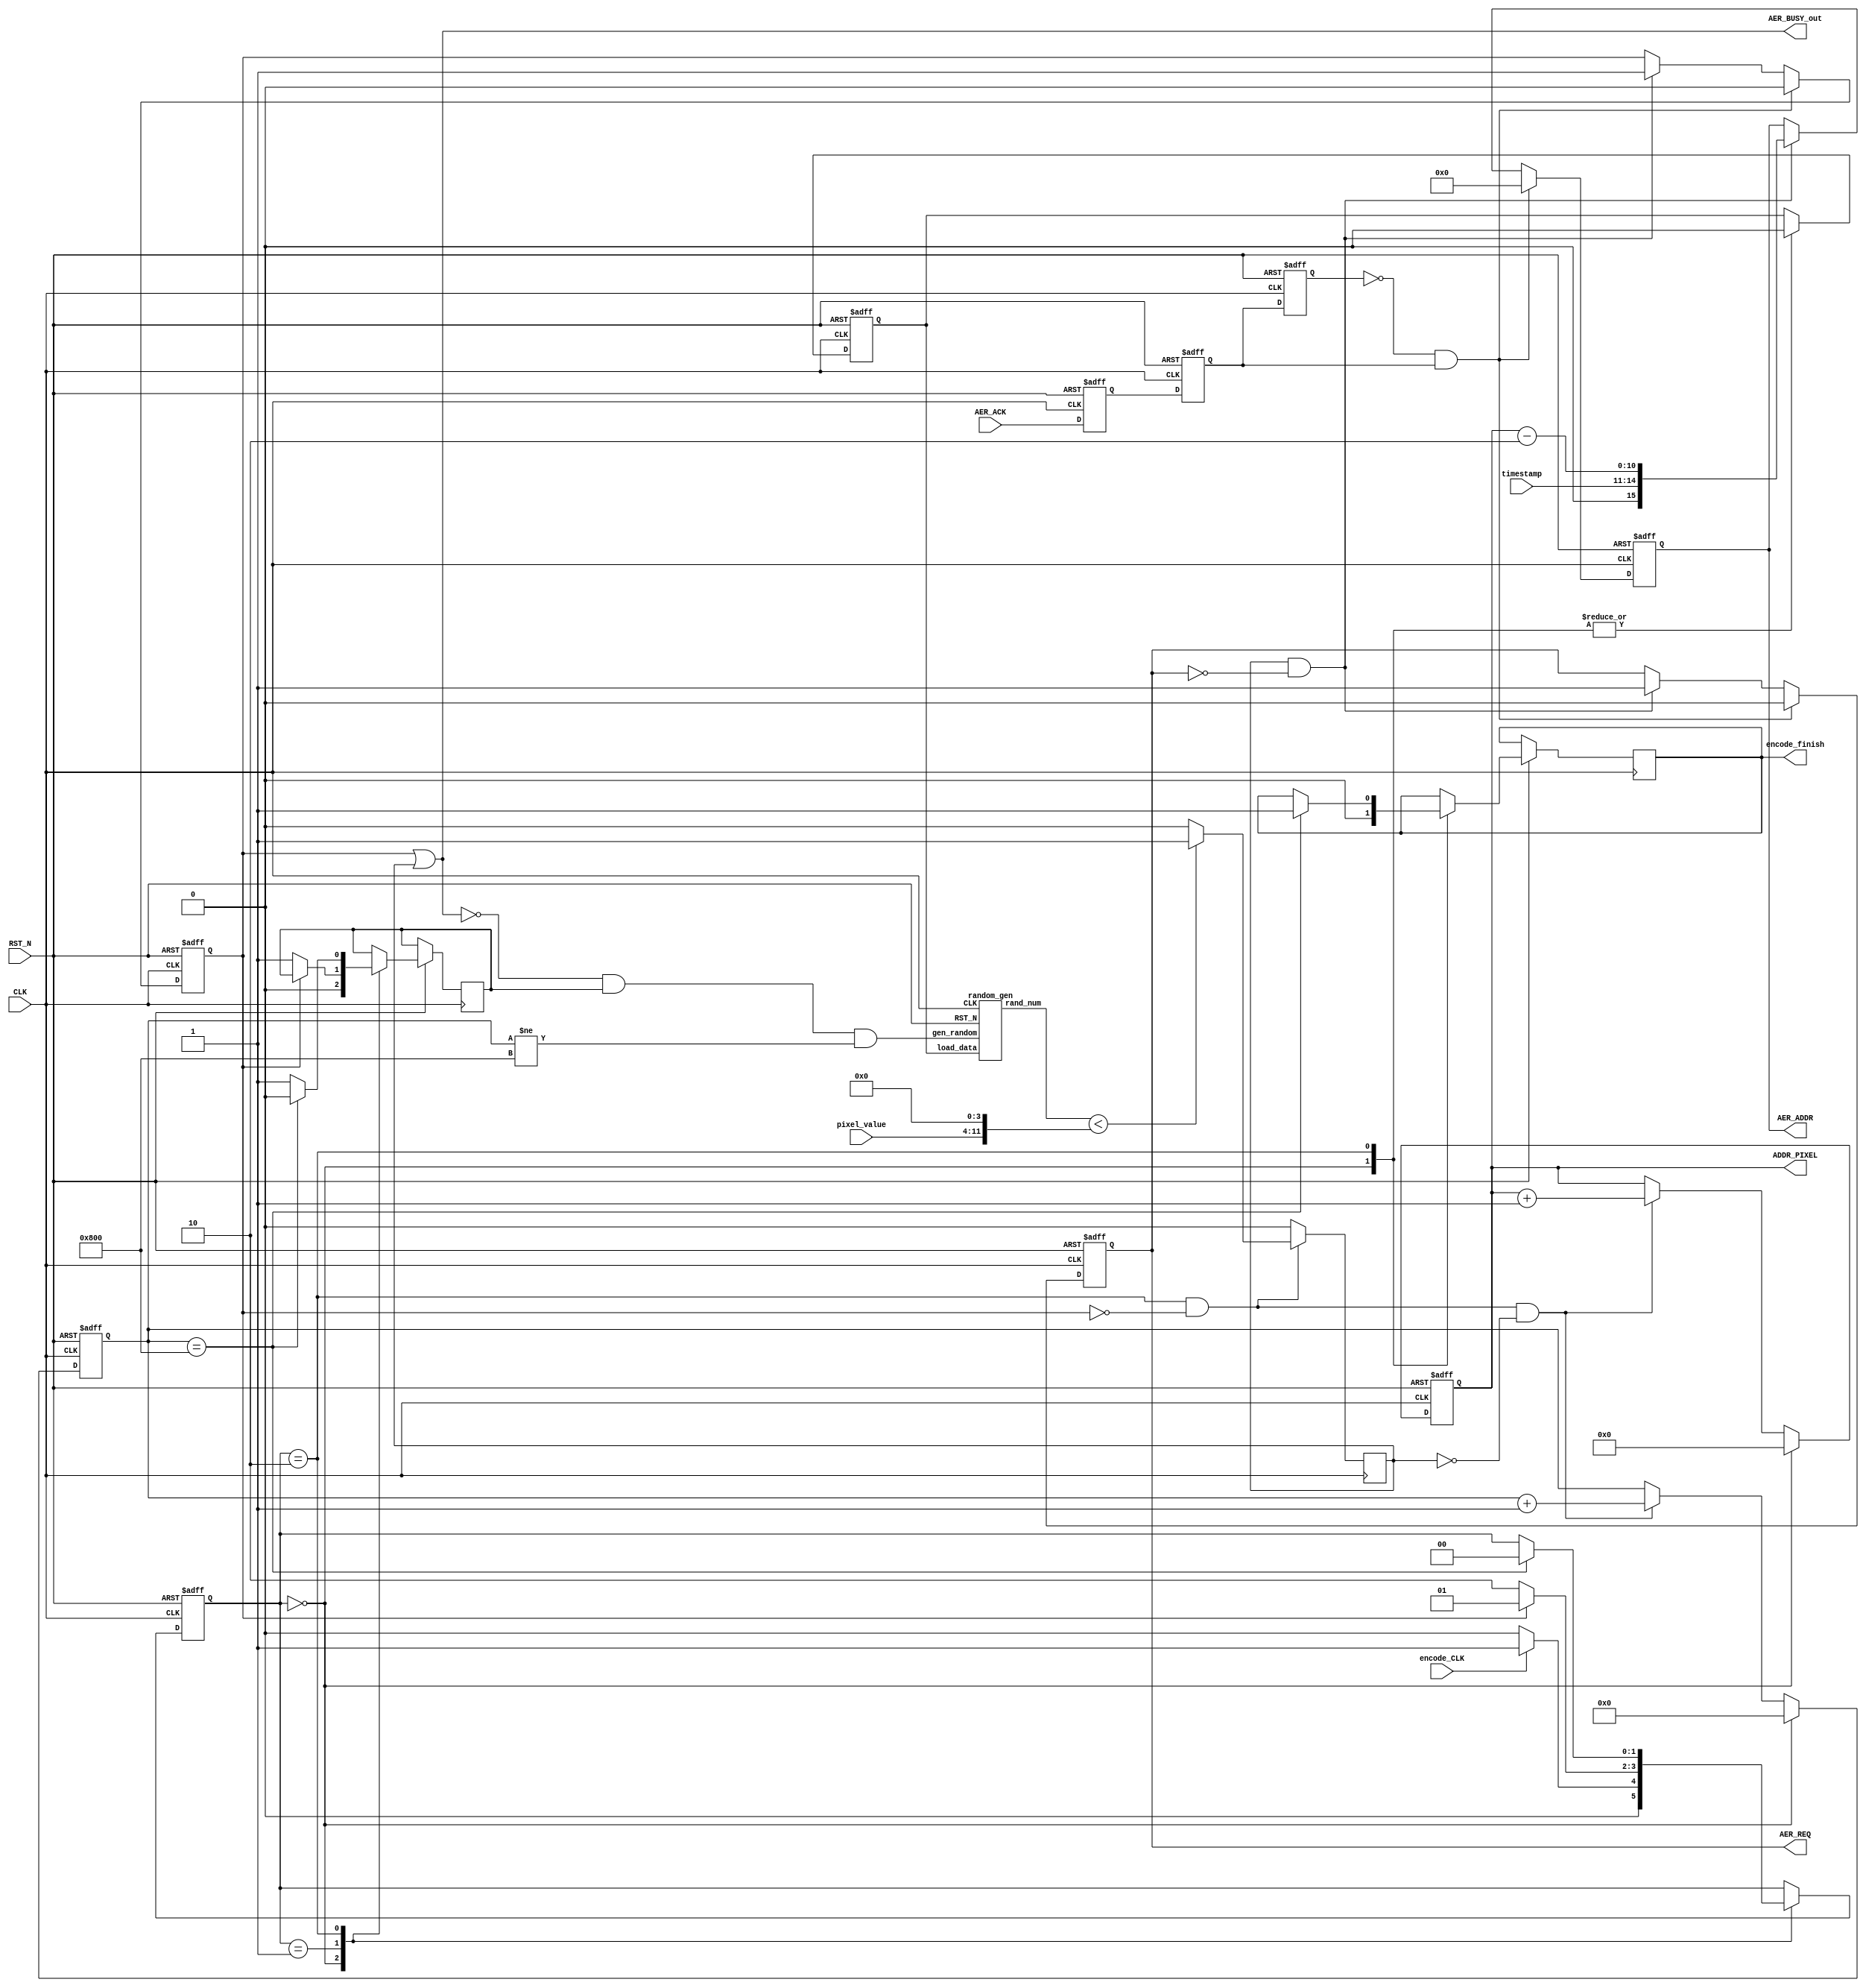
/**
  ******************************************************************************
  * Version            : 2.0
  * Description        : 
  * Function List      :
  * History            :
        <author>    <version>    <time>    <desc>
  ******************************************************************************
  * @attention
  *
  * <h2><center>&copy; Copyright (c) 2020 XXXX.
  * All rights reserved.</center></h2>
  *
  ******************************************************************************
  */
module encoder_Neuron #(
    parameter Input = 256,
    parameter N = 1024,
    parameter M = 10,
    parameter Input_ADDR_W = 11,
    parameter process_isi = 99,
    parameter input_neuron = 2048 
)(
    input wire                      CLK,
    input wire                      RST_N,
    input wire                      encode_CLK ,
    input wire                      AER_ACK,
    input wire [                7:0]pixel_value,
    input wire [                3:0]timestamp,

    output reg [               15:0]AER_ADDR,//21 4+12 = 16
    output reg                      AER_REQ,
    output wire                      AER_BUSY_out,
    output reg [   Input_ADDR_W-1:0]ADDR_PIXEL,
    output reg                      encode_finish

);

//reg and wire in this module
reg AER_BUSY;
// (* dont_touch="true"*) reg encode_finish;

// (* dont_touch="true"*) wire [2:0] timestamp;
(* dont_touch="true"*)reg AER_ACK_int,AER_ACK_syn,AER_ACK_delete;
(* dont_touch="true"*)wire AER_ACK_syn_posedge;
(* dont_touch="true"*)reg load_data,gen_random;
(* dont_touch="true"*)reg [31:0] ctrl_cnt;


// wire [7:0] pixel_value;
(* dont_touch="true"*)wire [11:0] rand_num;
(* dont_touch="true"*)reg spike;
//FSM_states
(* dont_touch="true"*)reg [1:0] state,next_state;
(* dont_touch="true"*)localparam WAIT = 2'b00;
(* dont_touch="true"*)localparam Before_Encode = 2'b01;
(* dont_touch="true"*)localparam Encoding = 2'b10;

random_gen random_test(
    .CLK(CLK),
    .RST_N(RST_N),
    .gen_random(!AER_BUSY_out & gen_random & ctrl_cnt != input_neuron),
    .load_data(load_data),
    
    .rand_num(rand_num)
);

always @(posedge CLK,negedge RST_N) begin
    if(!RST_N)begin
       AER_ACK_int <= 0;
       AER_ACK_syn <= 0;
       AER_ACK_delete <= 0; 
    end
    else begin
        AER_ACK_int <= AER_ACK;
        AER_ACK_syn <= AER_ACK_int;
        AER_ACK_delete <= AER_ACK_syn;
    end
end

assign AER_ACK_syn_posedge = ~AER_ACK_delete & AER_ACK_syn;

always @(posedge CLK , negedge RST_N) begin
    if(!RST_N)begin
       AER_REQ <= 0;
       AER_ADDR <= 0; 
       AER_BUSY <= 0;
    end
    else if(AER_ACK_syn_posedge)begin
        AER_ADDR <= 0;
        AER_REQ <= 0;
        AER_BUSY <= 0; 
    end
    // else if(encode_CLK)begin
    //     AER_REQ <= 1'b1;
    //     AER_ADDR <= {13'b0,8'b0111_1111};
    //     AER_BUSY <= 1'b1;
    // end
    else if(spike && ~AER_REQ)begin
        AER_REQ <= 1'b1;
        AER_ADDR <= {timestamp,ADDR_PIXEL-2'b10};//4+
        AER_BUSY <= 1'b1;
    end
    else begin
       AER_REQ <= AER_REQ;
       AER_ADDR <= AER_ADDR;
       AER_BUSY <= AER_BUSY; 
    end
end

wire [19:0] temp_random;
// wire [19:0] See_
assign temp_random = {pixel_value,12'b0}>>8;
always @(posedge CLK) begin
    if(state == Encoding && !AER_BUSY)begin
        if(rand_num < {pixel_value,12'b0}>>8)begin
            spike <= 1'b1;
        end        
        else begin
            spike <= 1'b0;
        end
    end
    else begin
        spike <= 1'b0;
    end
end
assign AER_BUSY_out = AER_BUSY | spike;

reg [31:0] counter;
reg need_load;

always @(posedge CLK,negedge RST_N) begin
    if(!RST_N)begin
       counter <= 32'b0; 
       need_load <= 1'b1;
    end
    else if(encode_CLK)begin
        if(counter == process_isi)begin
            counter <= 32'b0;
            need_load <= 1'b1;
        end
        else begin
            counter <= counter + 1'b1; 
            need_load <= 1'b0;
        end
    end
    else begin
       counter <= counter;
       need_load <= need_load; 
    end
    
end

always @(posedge CLK or negedge RST_N) begin
    if(!RST_N)begin
        state <= WAIT; 
        // Record_Signal <= 0;
        load_data <= 0;
    end
    else begin
        case(state)
        WAIT:    
            begin
                if(encode_CLK)  begin 
                    state <= Before_Encode;

                    if(ADDR_PIXEL == 0) begin
                        gen_random <= 0;
                        encode_finish <= 0;
                        if(counter == 32'd0)begin load_data <= 1'b0;end
                        else load_data <= 0;
                    end 
                    else begin
                       load_data <= 1'b0;
                       gen_random <= 1'b0;
                       encode_finish <= 0;
                    end
                end
                else  begin      
                    state <= WAIT;
                    load_data <= 1'b0;
                    gen_random <= 1'b0;
                    encode_finish <= 0;
                end
            end

        Before_Encode:
        if(!AER_BUSY)
            begin
                gen_random <= 1'b1;
                state <= Encoding;
            end
        else begin
            state <= Before_Encode;
        end

        Encoding:
            begin
            //    if(ctrl_cnt == 0)
            //         gen_random <= 1'b1;
            //    else begin
               gen_random <= 1'b1;
            //    end
               load_data <= 1'b0;
               if(ctrl_cnt == input_neuron)begin
                  state <= WAIT; 
                  encode_finish <= 1;
                  gen_random <= 1'b0;
               end 
            end
    endcase
    end
    
end

// (* dont_touch="true"*)
// encode_timestamp encode_timestamp_1(
//     .CLK(CLK),
//     .RST_N(RST_N),
//     .encode_finish(encode_finish),

//     .timestamp(timestamp)
// );

always@(posedge CLK,negedge RST_N) begin
    if(!RST_N)begin
       ctrl_cnt <= 32'b0; 
    end
    else if(state == WAIT) begin ctrl_cnt <= 32'b0; end
    else if(state == Encoding && !AER_BUSY && !spike) begin ctrl_cnt <= ctrl_cnt + 1'b1; end
    else begin
        ctrl_cnt <= ctrl_cnt;
    end
end

always @(posedge CLK,negedge RST_N) begin
    if(!RST_N)begin
        ADDR_PIXEL <= 0;
    end
    else if(state == WAIT) begin
        ADDR_PIXEL <= 0;
    end
    else if(state == Encoding && !AER_BUSY && !spike)begin
       ADDR_PIXEL <= ADDR_PIXEL + 1'b1; 
    end
    else begin
        ADDR_PIXEL <= ADDR_PIXEL;
    end
end


endmodule


module random_gen(
    input wire CLK,
    input wire RST_N,
    input wire gen_random,
    input wire load_data,
    
    output reg [11:0] rand_num
);

always@(posedge CLK , negedge RST_N) begin
    if(!RST_N)begin
        rand_num <= 12'b101010100111;       
    end
    else if(load_data)begin
        rand_num <= 12'b101010100111;//12'b101010100111
    end
    else if(gen_random)begin
        rand_num[0] <= rand_num[11];
        rand_num[1] <= rand_num[11] ^ rand_num[0];
        rand_num[2] <= rand_num[11] ^ rand_num[1];
        rand_num[3] <= rand_num[2];
        rand_num[4] <= rand_num[11] ^ rand_num[3];
        rand_num[5] <= rand_num[4];
        rand_num[6] <= rand_num[5];
        rand_num[7] <= rand_num[11] ^ rand_num[6];
        rand_num[8] <= rand_num[7];
        rand_num[9] <= rand_num[11] ^ rand_num[8];
        rand_num[10] <= rand_num[9];
        rand_num[11] <= rand_num[11] ^ rand_num[10];
    end
end

endmodule